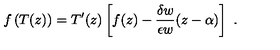
f \left( T ( z ) \right) = T ^ { \prime } ( z ) \left[ f ( z ) - \frac { \delta w } { \epsilon w } ( z - \alpha ) \right] \ .